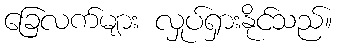
ခြေလက်များ လှုပ်ရှားနိုင်သည်။